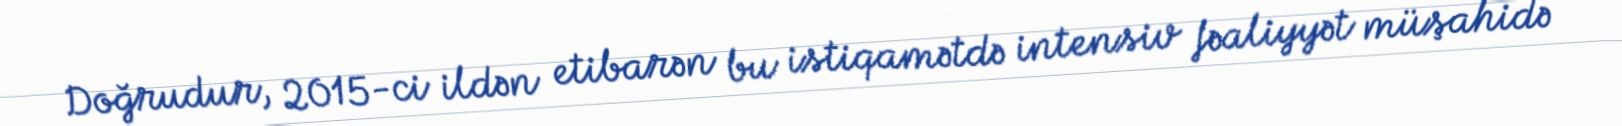
Doğrudur, 2015-ci ildən etibarən bu istiqamətdə intensiv fəaliyyət müşahidə